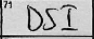
Transcription: DSI